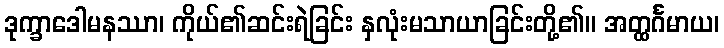
ဒုက္ခာဒေါမနဿာ၊ ကိုယ်၏ဆင်းရဲခြင်း နှလုံးမသာယာခြင်းတို့၏။ အတ္ထင်္ဂမာယ၊